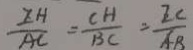
\frac { E H } { A C } = \frac { C H } { B C } = \frac { E C } { A B }